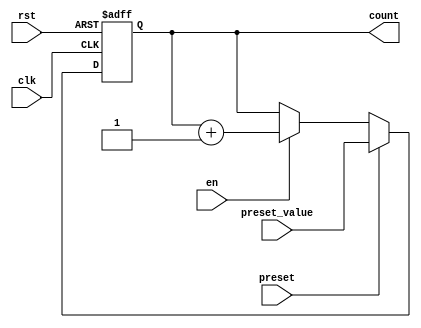
module presettable_counter #(
    parameter WIDTH = 8 // Define the bit-width of the counter
)(
    input wire clk,                // Clock signal
    input wire rst,                // Asynchronous reset signal
    input wire preset,             // Preset control signal
    input wire [WIDTH-1:0] preset_value, // Value to preset the counter
    input wire en,                 // Enable signal
    output reg [WIDTH-1:0] count   // Current counter value
);

    // Asynchronous reset and preset logic
    always @(posedge clk or posedge rst) begin
        if (rst) begin
            count <= 0; // Reset the counter to zero
        end else if (preset) begin
            count <= preset_value; // Load the preset value
        end else if (en) begin
            count <= count + 1; // Increment the counter
        end
    end

endmodule